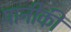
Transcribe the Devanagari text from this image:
पानीकी